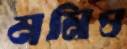
মনিও